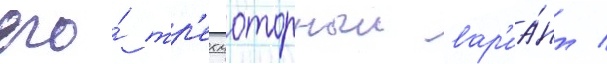
его́ тр'ехмоторныи вар'иа́нт /